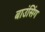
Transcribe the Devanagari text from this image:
बाउंसिंग